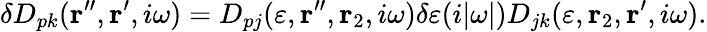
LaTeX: \delta D_{pk}({\mathbf r}^{\prime\prime},{\mathbf r}^{\prime},i\omega)=D_{pj}(\varepsilon,{\mathbf r}^{\prime\prime},{\mathbf r}_{2},i\omega)\delta\varepsilon(i|\omega|)D_{jk}(\varepsilon,{\mathbf r}_{2},{\mathbf r}^{\prime},i\omega).